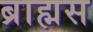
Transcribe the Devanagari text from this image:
ब्राह्मस